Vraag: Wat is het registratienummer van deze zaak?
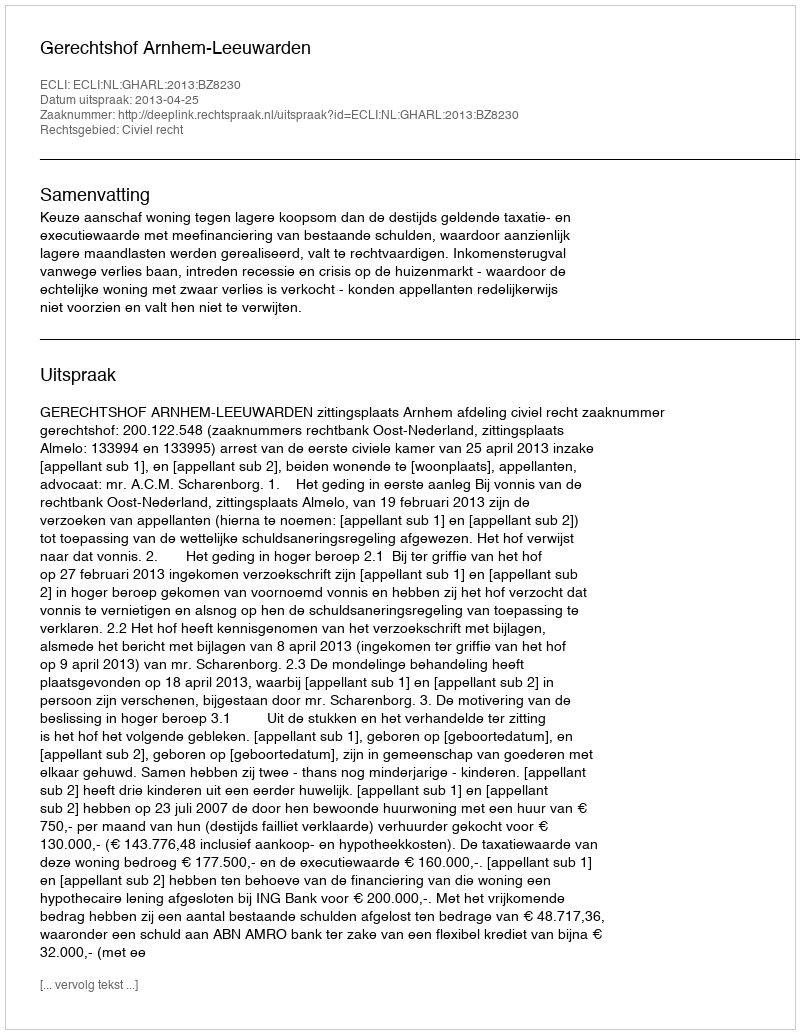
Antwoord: http://deeplink.rechtspraak.nl/uitspraak?id=ECLI:NL:GHARL:2013:BZ8230